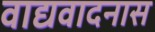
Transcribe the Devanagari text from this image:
वाद्यवादनास